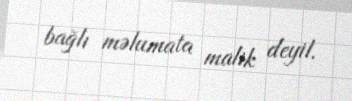
bağlı məlumata malik deyil.